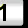
Digit: 1